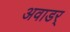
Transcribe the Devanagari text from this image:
अवाडर्